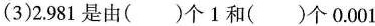
(3)2.981是由()个1和()个0.001